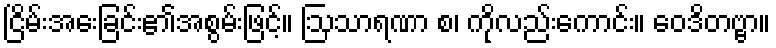
ငြိမ်းအေးခြင်း၏အစွမ်းဖြင့်။ ဩသာရဏာ စ၊ ကိုလည်းကောင်း။ ဝေဒိတဗ္ဗာ။